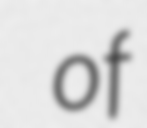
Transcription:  of